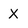
Character: X